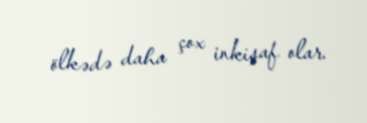
ölkədə daha çox inkişaf olar.